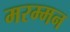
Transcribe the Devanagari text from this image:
मरम्मन